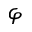
\varphi